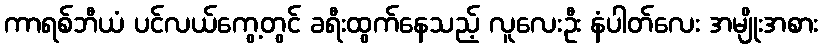
ကာရစ်ဘီယံ ပင်လယ်ကွေ့တွင် ခရီးထွက်နေသည့် လူလေးဦး နံပါတ်လေး အမျိုးအစား